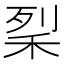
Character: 𥞥